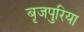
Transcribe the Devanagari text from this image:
बृजपुरिया